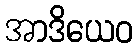
အာဒိယေဝ